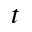
t